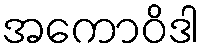
အကောဝိဒါ